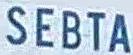
SEBTA